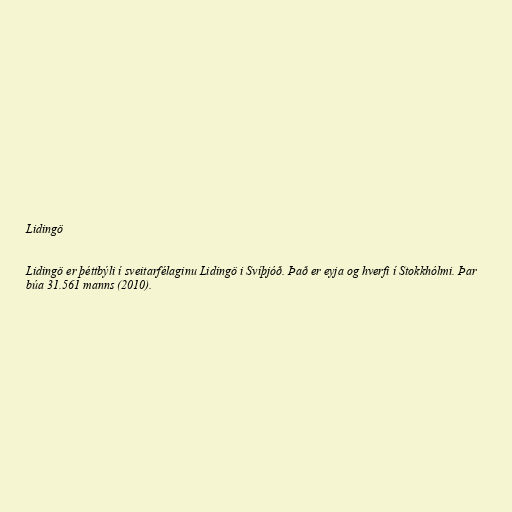
Lidingö

Lidingö er þéttbýli í sveitarfélaginu Lidingö i Svíþjóð. Það er eyja og hverfi í Stokkhólmi. Þar
búa 31.561 manns (2010).